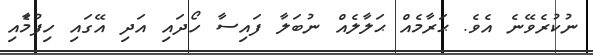
ނުކުރެވޭނެ އެވެ. ޙަރާމެއް ޙަލާލެއް ނުބަލާ ފައިސާ ހޯދައި އަދި އޭގައި ހިފުމާެއި